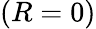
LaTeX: (R=0)